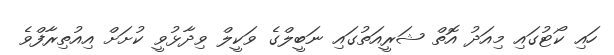
ހައި ކޯޓުގައި މިއަދު އޮތް ޝަރީއަތުގައި ނަބީލްގެ ވަކީލް ވިދާޅުވީ ކުށަށް އިއުތިރާފްވެ